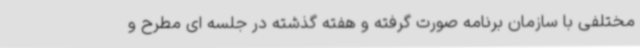
مختلفی با سازمان برنامه صورت گرفته و هفته گذشته در جلسه ای مطرح و